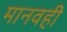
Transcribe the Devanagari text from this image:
मानवही